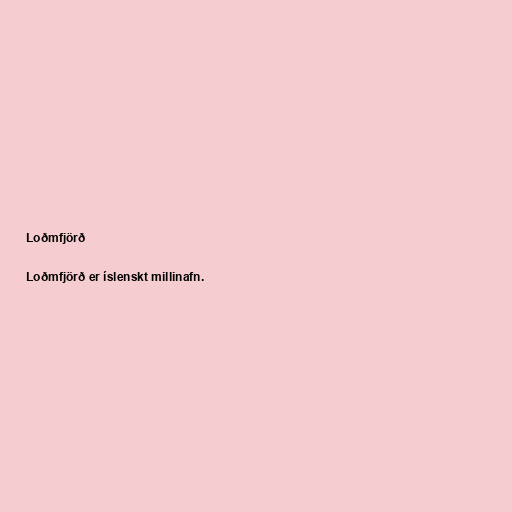
Loðmfjörð

Loðmfjörð er íslenskt millinafn.